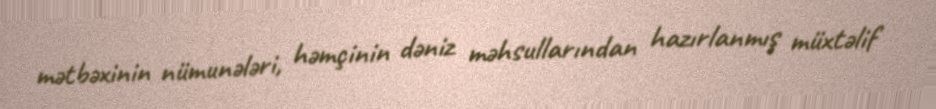
mətbəxinin nümunələri, həmçinin dəniz məhsullarından hazırlanmış müxtəlif